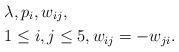
LaTeX: \begin{align*} & \lambda,p_i,w_{ij},\\&1\leq i,j\leq 5, w_{ij}=-w_{ji}. \end{align*}